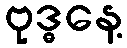
ဗုဒ္ဓနေ့